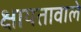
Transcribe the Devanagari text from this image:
क्षायतावाले